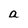
Character: a